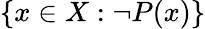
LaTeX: \{ x\in X:\neg P(x)\}